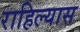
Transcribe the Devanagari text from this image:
राहिल्‍यास